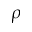
\rho